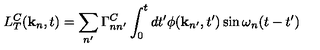
L _ { T } ^ { C } ( { \bf k } _ { n } , t ) = \sum _ { n ^ { \prime } } \Gamma _ { n n ^ { \prime } } ^ { C } \int _ { 0 } ^ { t } d t ^ { \prime } \phi ( { \bf k } _ { n ^ { \prime } } , t ^ { \prime } ) \sin \omega _ { n } ( t - t ^ { \prime } )